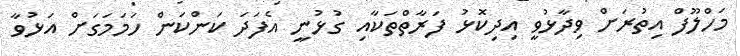
މަހްލޫފް އިތުރަށް ވިދާޅުވީ އިދިކޮޅު ފަރާތްތަކާއި ގުޅުނީ އެފަދަ ކަންކަން ހަމަމަގަށް އަޅުވާ